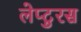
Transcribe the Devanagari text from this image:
लेप्टुरस